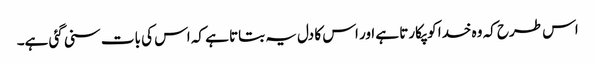
اس طرح کہ وہ خدا کو پکارتا ہے اور اس کا دل یہ بتاتا ہے کہ اس کی بات سنی گئی ہے۔